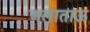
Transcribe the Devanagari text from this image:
अलाताऊ